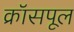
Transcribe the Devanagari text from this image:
क्रॉसपूल